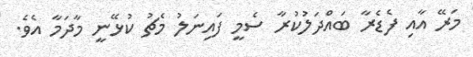
މަރޭ އާއި ފެޑެރާ ބައްދަލުކުރާ ސެމީ ފައިނަލު މެޗު ކުޅޭނީ މާދަމާ އެވެ.